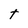
Character: t